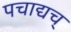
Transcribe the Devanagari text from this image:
पचाद्यच्